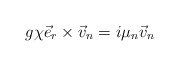
\begin{align*}g \chi \vec{e}_r \times \vec{v}_n = i \mu_n \vec{v}_n\end{align*}